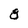
Character: 8